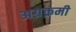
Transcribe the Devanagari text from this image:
अग्रक्रमी